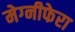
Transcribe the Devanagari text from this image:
मेग्‍नीफेरा